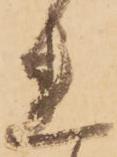
れ